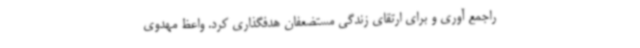
راجمع آوری و برای ارتقای زندگی مستضعفان هدفگذاری کرد. واعظ مهدوی